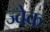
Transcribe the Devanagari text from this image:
ज्वेक